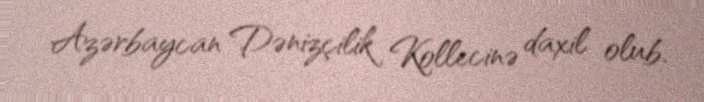
Azərbaycan Dənizçilik Kollecinə daxil olub.